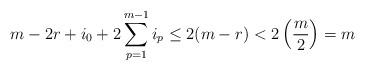
LaTeX: \begin{align*}m-2r+i_0+2\sum_{p=1}^{m-1}i_p&\le 2(m-r) < 2\left ( \frac{m}{2}\right )=m\end{align*}